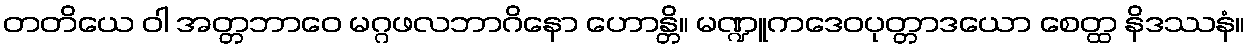
တတိယေ ဝါ အတ္တဘာဝေ မဂ္ဂဖလဘာဂိနော ဟောန္တိ။ မဏ္ဍူကဒေဝပုတ္တာဒယော စေတ္ထ နိဒဿနံ။